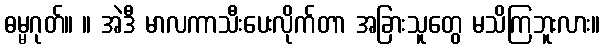
ဓမ္မဂုတ်။ ။ အဲဒီ မာလကာသီးပေးလိုက်တာ အခြားသူတွေ မသိကြဘူးလား။